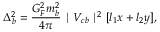
\Delta _ { b } ^ { 2 } = \frac { G _ { F } ^ { 2 } m _ { b } ^ { 2 } } { 4 \pi } \mid V _ { c b } \mid ^ { 2 } [ l _ { 1 } x + l _ { 2 } y ] \/ ,